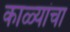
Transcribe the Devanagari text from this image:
काळ्यांचा